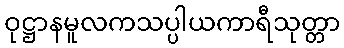
ဝုဋ္ဌာနမူလကသပ္ပါယကာရီသုတ္တာ